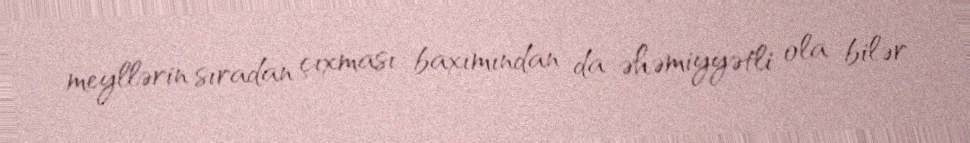
meyllərin sıradan çıxması baxımından da əhəmiyyətli ola bilər.